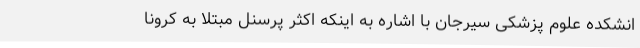
انشکده علوم پزشکی سیرجان با اشاره به اینکه اکثر پرسنل مبتلا به کرونا